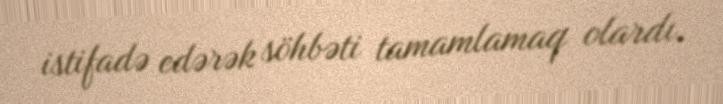
istifadə edərək söhbəti tamamlamaq olardı.